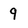
Character: 9